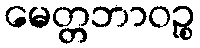
မေတ္တဘာဝဉ္စ